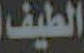
الطيف